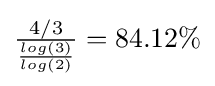
{\textstyle {\frac {4/3}{\frac {log(3)}{log(2)}}}=84.12\%}